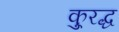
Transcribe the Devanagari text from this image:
कु्रद्ध